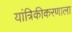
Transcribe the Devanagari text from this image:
यांत्रिकीकरणाला